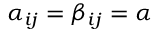
\alpha _ { i j } = \beta _ { i j } = \alpha